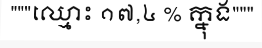
"""ឈ្មោះ ១៧,៤ % ក្នុង"""